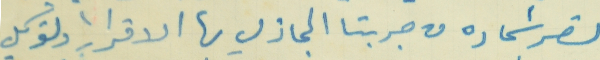
نصر شحاده من جربتا المجاز لي بها الاقرار والتوكيل